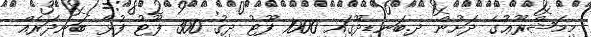
މިމަޝްރޫޢުގެ ދަށުން ދ.ބަނޑިދޫގައި 1000 ފޫޓު ދިގު 300 ފޫޓު ފުޅާ ބަނދަރެއް